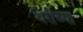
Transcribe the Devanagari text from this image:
थेरोंच्या